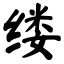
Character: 缕